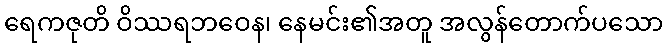
ရေကဇုတိ ဝိဿရဘဝေန၊ နေမင်း၏အတူ အလွန်တောက်ပသော